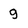
Character: g